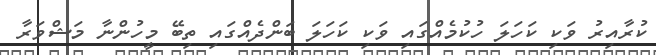
ކުރާއިރު ވަކި ކަހަލަ ހުކުމެއްގައި ވަކި ކަހަލަ ބަންދެއްގައި ތިބޭ މީހުންނާ މަޝްވަރާ